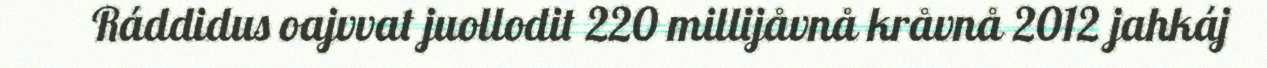
Ráddidus oajvvat juollodit 220 millijåvnå kråvnå 2012 jahkáj